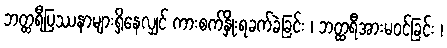
ဘတ္ထရီပြဿနာများရှိနေလျှင် ကားစက်နှိုးရခက်ခဲခြင်း ၊ ဘတ္ထရီအားမဝင်ခြင်း ၊